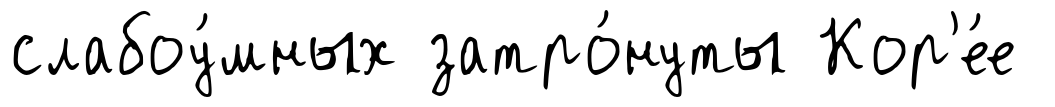
слабоу́мных затро́нуты Кор'е́е